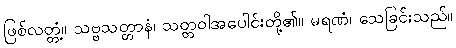
ဖြစ်လတ္တံ့။ သဗ္ဗသတ္တာနံ၊ သတ္တဝါအပေါင်းတို့၏။ မရဏံ၊ သေခြင်းသည်။